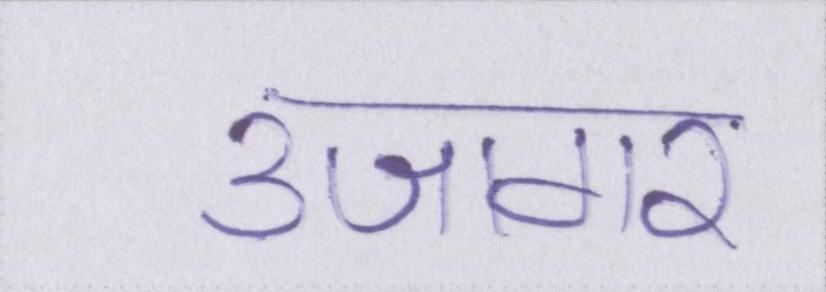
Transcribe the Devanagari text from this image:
उजागर